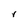
Character: r